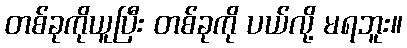
တစ်ခုကိုယူပြီး တစ်ခုကို ပယ်လို့ မရဘူး။